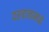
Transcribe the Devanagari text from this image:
दरवाजामध्ये